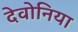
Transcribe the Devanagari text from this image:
देवोनिया